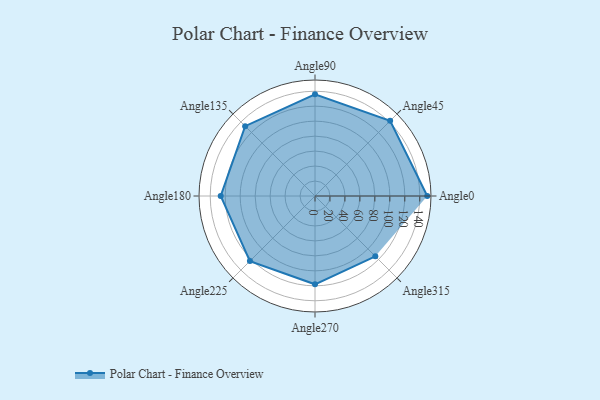
{"axis": {"x": "Angle", "y": "Radius"}, "legend": [""], "data": [{"x": "Angle0", "y": 150.0, "type": ""}, {"x": "Angle45", "y": 142.0, "type": ""}, {"x": "Angle90", "y": 136.0, "type": ""}, {"x": "Angle135", "y": 132.0, "type": ""}, {"x": "Angle180", "y": 126.0, "type": ""}, {"x": "Angle225", "y": 123.0, "type": ""}, {"x": "Angle270", "y": 118.0, "type": ""}, {"x": "Angle315", "y": 114.0, "type": ""}]}